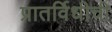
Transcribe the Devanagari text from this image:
प्रातर्विधीची